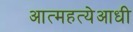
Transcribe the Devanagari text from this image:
आत्महत्येआधी